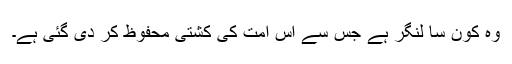
وہ کون سا لنگر ہے جس سے اس امت کی کشتی محفوظ کر دی گئی ہے۔